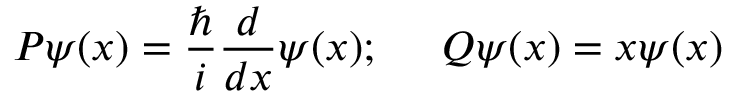
P \psi ( x ) = \frac { \hbar } { i } \frac { d } { d x } \psi ( x ) ; \; \; \; \; \; Q \psi ( x ) = x \psi ( x )